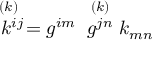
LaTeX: \stackrel { ( k ) \; \; } { k ^ { i j } } = { g ^ { i m } } \; \stackrel { ( k ) } { g ^ { j n } } k _ { m n }